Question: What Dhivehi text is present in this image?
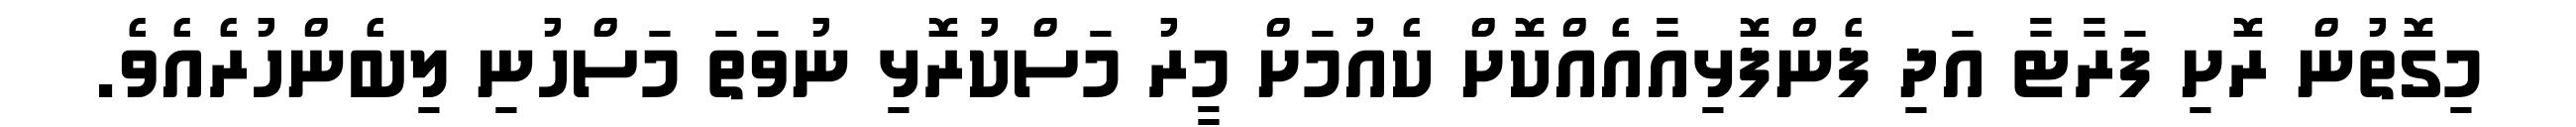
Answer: މިގޮތުން ރޮށި ފަރާޓާ އަދި ފެންފޮޅިއާއެއްކޮށް ކެއުމަށް މީރު މަސްކުރޮޅި ނުވަތަ މަސްހުނި ލިބެންހުރެއެވެ.